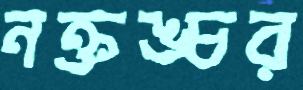
নক্তঙ্চর